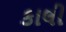
કાલી